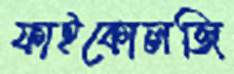
ফাইকোলজি